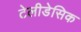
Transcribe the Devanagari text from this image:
टेलीडेसिक